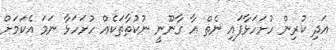
އަދި ކުރިން ހުށަހަޅާފައި ނެތް އާ ގާނޫނީ ނުކުތާތަކެއް ހުށަހަޅާ ނަމަ އެކަމަށް